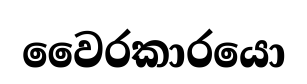
වෛරකාරයො